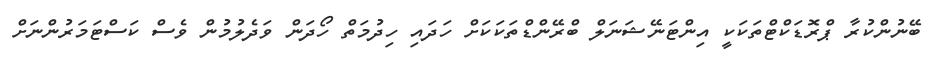
ބޭނުންކުރާ ޕްރޮޑަކްޓްތަކަކީ އިންޓަނޭޝަނަލް ބްރޭންޑްތަކަކަށް ހަދައި ހިދުމަތް ހޯދަން ވަދެލުމުން ވެސް ކަސްޓަމަރުންނަށް